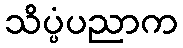
သိပ္ပံပညာက